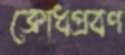
ক্রোধপ্রবণ